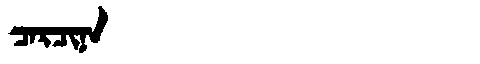
Manchu: ᠴᠠᡵᠴᡳᠨᠠ
Romanization: CARCINA